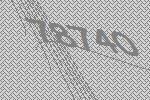
78740